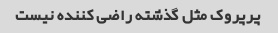
پرپروک مثل گذشته راضی کننده نیست